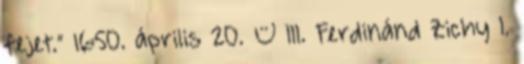
fejet.” 1650. április 20. – III. Ferdinánd Zichy I.